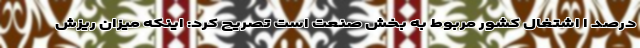
درصد ا اشتغال کشور مربوط به بخش صنعت است تصریح کرد: اینکه میزان ریزش